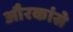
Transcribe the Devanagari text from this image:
औरकांसे